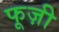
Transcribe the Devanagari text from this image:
फूज़ी